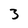
Character: 3